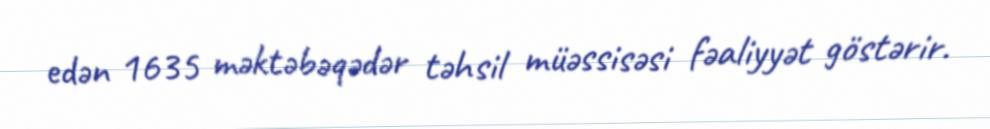
edən 1635 məktəbəqədər təhsil müəssisəsi fəaliyyət göstərir.